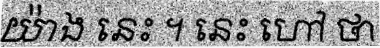
យ៉ាង នេះ ។ នេះ ហៅ ថា